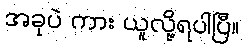
အခုပဲ ကား ယူလို့ရပါပြီ။